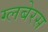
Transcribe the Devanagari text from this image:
ग्लबेरस